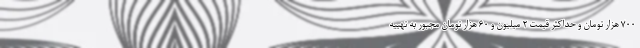
۷۰۰ هزار تومان و حداکثر قیمت ۲ میلیون و ۶۰ هزار تومان مجبور به تهییه